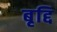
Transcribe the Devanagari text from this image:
बृद्दि